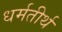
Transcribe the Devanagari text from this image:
धर्मतीर्थ